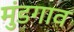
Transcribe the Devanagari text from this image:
मुंडगाव